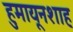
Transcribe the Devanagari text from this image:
हुमायूनशाह